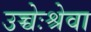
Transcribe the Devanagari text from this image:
उच्चेःश्रेवा